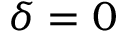
\delta = 0